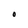
Character: O